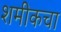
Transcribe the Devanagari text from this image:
शमीकचा